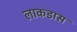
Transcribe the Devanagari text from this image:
लाकडास